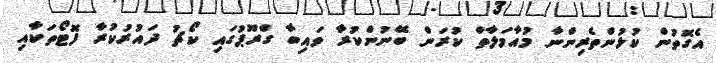
އެގޮތުން ކުޅުންތެރިންނާ މުއާމަލާތް ކުރަން ބޭނުންކުރާ ވައިބާ ގްރޫޕުގައި ކޯޗު ދައުރުކުރާ ފޮޮޓޯތަކާއި